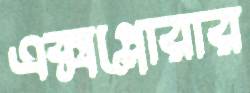
এক্সপ্লোরার